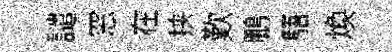
譴窓在挟歎鵬䮏煥